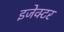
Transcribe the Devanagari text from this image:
इजेक्टर